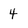
Character: 4